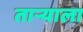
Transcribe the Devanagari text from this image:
ताऱ्‍याला